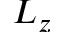
L _ { z }